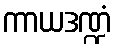
ကာယဒဏ္ဍံ